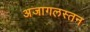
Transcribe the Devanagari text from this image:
अजागलस्तन